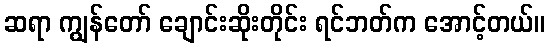
ဆရာ ကျွန်တော် ချောင်းဆိုးတိုင်း ရင်ဘတ်က အောင့်တယ်။